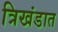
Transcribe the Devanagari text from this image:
त्रिखंडात